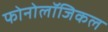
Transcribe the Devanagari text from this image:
फोनोलॉजिकल